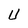
Character: U